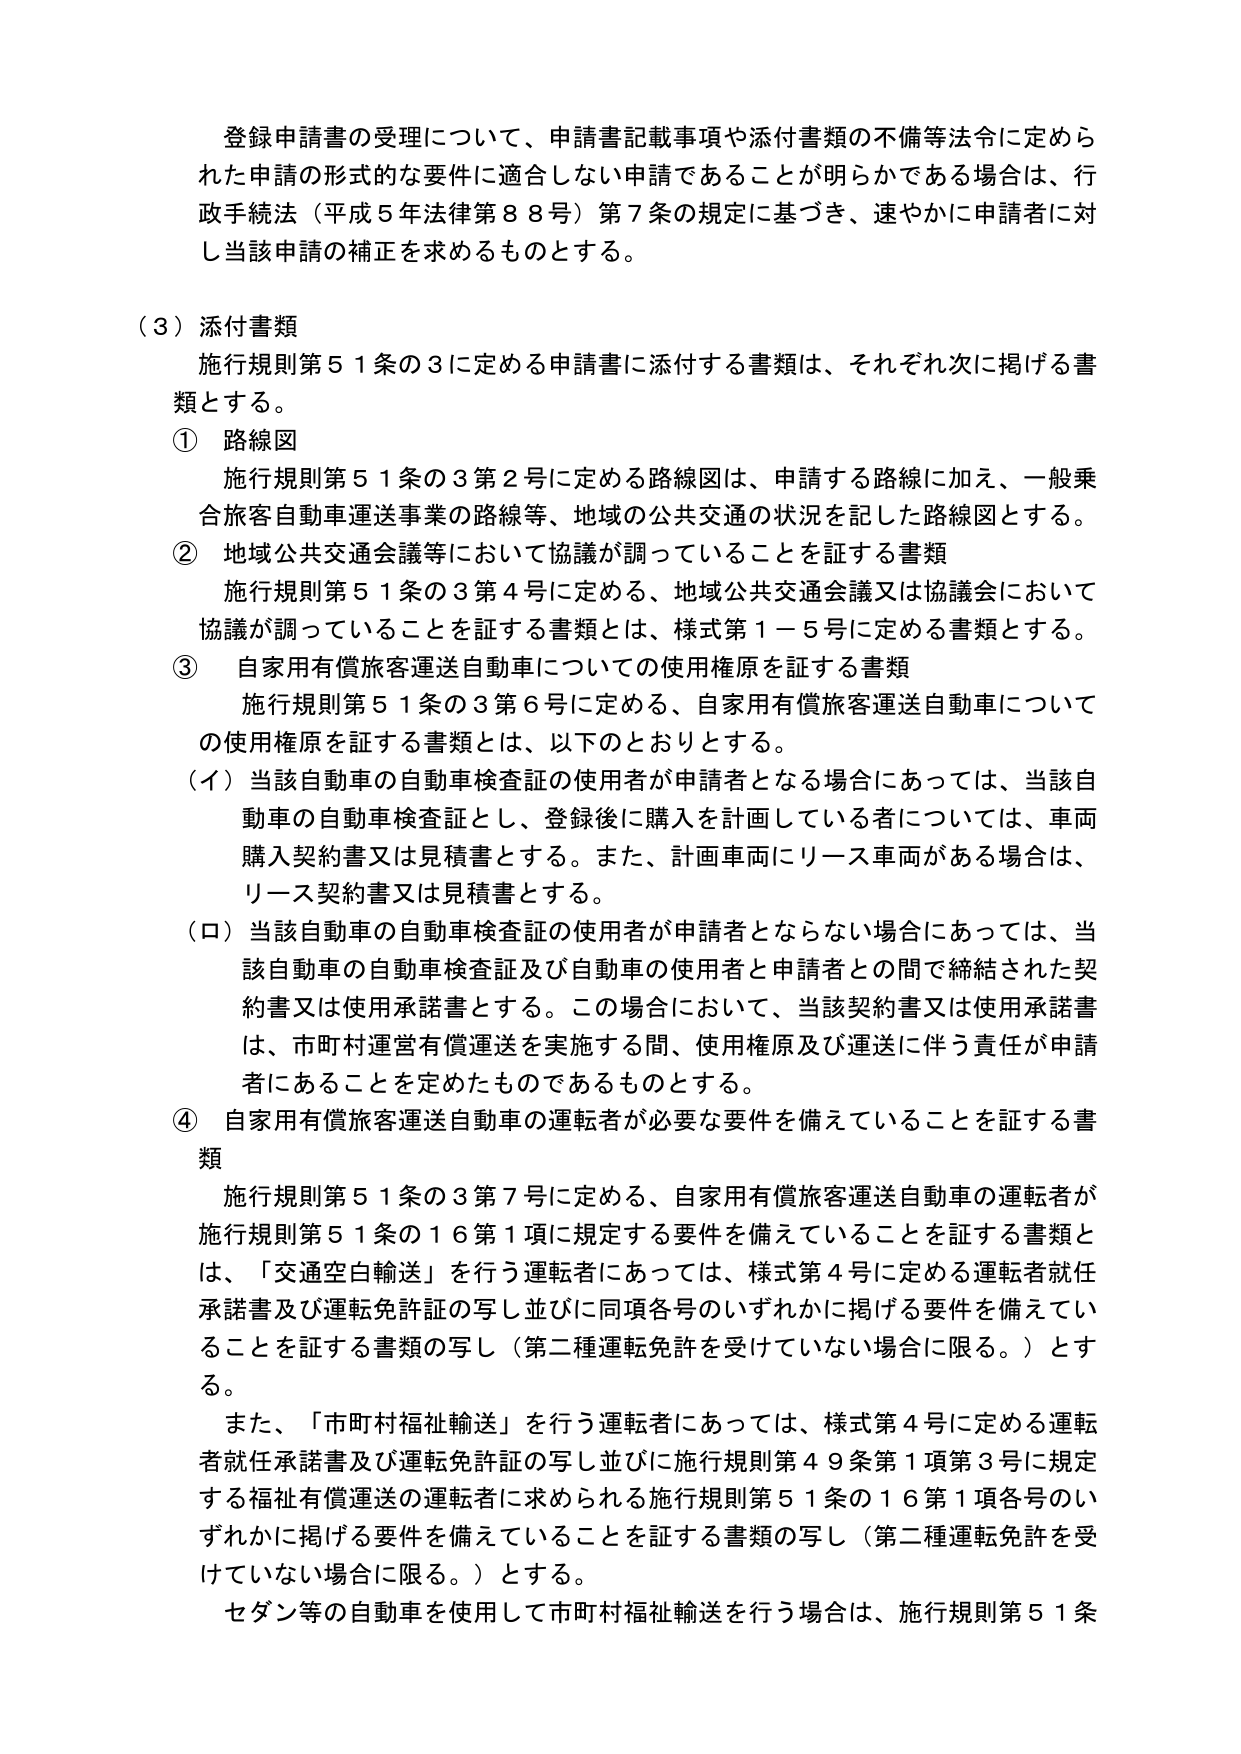
登録申請書の受理について、申請書記載事項や添付書類の不備等法令に定められた申請の形式的な要件に適合しない申請であることが明らかである場合は、行政手続法（平成５年法律第８８号）第７条の規定に基づき、速やかに申請者に対し当該申請の補正を求めるものとする。

（３）添付書類
　施行規則第５１条の３に定める申請書に添付する書類は、それぞれ次に掲げる書類とする。
　① 路線図
　　施行規則第５１条の３第２号に定める路線図は、申請する路線に加え、一般乗合旅客自動車運送事業の路線等、地域の公共交通の状況を記した路線図とする。
　② 地域公共交通会議等において協議が調っていることを証する書類
　　施行規則第５１条の３第４号に定める、地域公共交通会議又は協議会において協議が調っていることを証する書類とは、様式第１－５号に定める書類とする。
　③ 自家用有償旅客運送自動車についての使用権原を証する書類
　　施行規則第５１条の３第６号に定める、自家用有償旅客運送自動車についての使用権原を証する書類とは、以下のとおりとする。
　　（イ）当該自動車の自動車検査証の使用者が申請者となる場合にあっては、当該自動車の自動車検査証とし、登録後に購入を計画している者については、車両購入契約書又は見積書とする。また、計画車両にリース車両がある場合は、リース契約書又は見積書とする。
　　（ロ）当該自動車の自動車検査証の使用者が申請者とならない場合にあっては、当該自動車の自動車検査証及び自動車の使用者と申請者との間で締結された契約書又は使用承諾書とする。この場合において、当該契約書又は使用承諾書は、市町村運営有償運送を実施する間、使用権原及び運送に伴う責任が申請者にあることを定めたものであるものとする。
　④ 自家用有償旅客運送自動車の運転者が必要な要件を備えていることを証する書類
　　施行規則第５１条の３第７号に定める、自家用有償旅客運送自動車の運転者が施行規則第５１条の１６第１項に規定する要件を備えていることを証する書類とは、「交通空白輸送」を行う運転者にあっては、様式第４号に定める運転者就任承諾書及び運転免許証の写し並びに同項各号のいずれかに掲げる要件を備えていることを証する書類の写し（第二種運転免許を受けていない場合に限る。）とする。
　　また、「市町村福祉輸送」を行う運転者にあっては、様式第４号に定める運転者就任承諾書及び運転免許証の写し並びに施行規則第４９条第１項第３号に規定する福祉有償運送の運転者に求められる施行規則第５１条の１６第１項各号のいずれかに掲げる要件を備えていることを証する書類の写し（第二種運転免許を受けていない場合に限る。）とする。
　　セダン等の自動車を使用して市町村福祉輸送を行う場合は、施行規則第５１条